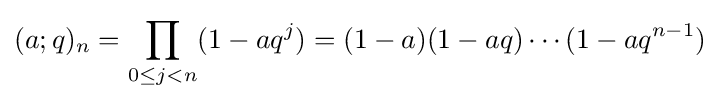
(a;q)_{n}=\prod _{0\leq j<n}(1-aq^{j})=(1-a)(1-aq)\cdots (1-aq^{n-1})